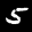
Label: 5